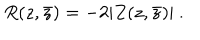
R ( z , \bar { z } ) = - 2 | Z ( z , \bar { z } ) | \ .